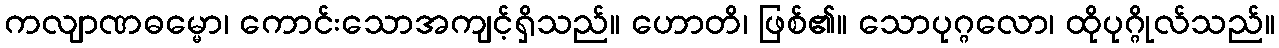
ကလျာဏဓမ္မော၊ ကောင်းသောအကျင့်ရှိသည်။ ဟောတိ၊ ဖြစ်၏။ သောပုဂ္ဂလော၊ ထိုပုဂ္ဂိုလ်သည်။